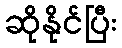
ဆိုနိုင်ပြီး